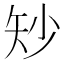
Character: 𪿉